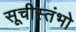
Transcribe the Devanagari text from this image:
सूचीस्तंभो